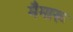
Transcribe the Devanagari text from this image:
मैमारू